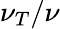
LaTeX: \nu_{T}/\nu